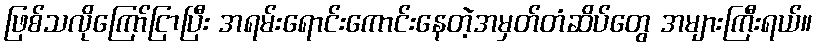
ဖြစ်သလိုကြော်ငြာပြီး အရမ်းရောင်းကောင်းနေတဲ့အမှတ်တံဆိပ်တွေ အများကြီးရယ်။